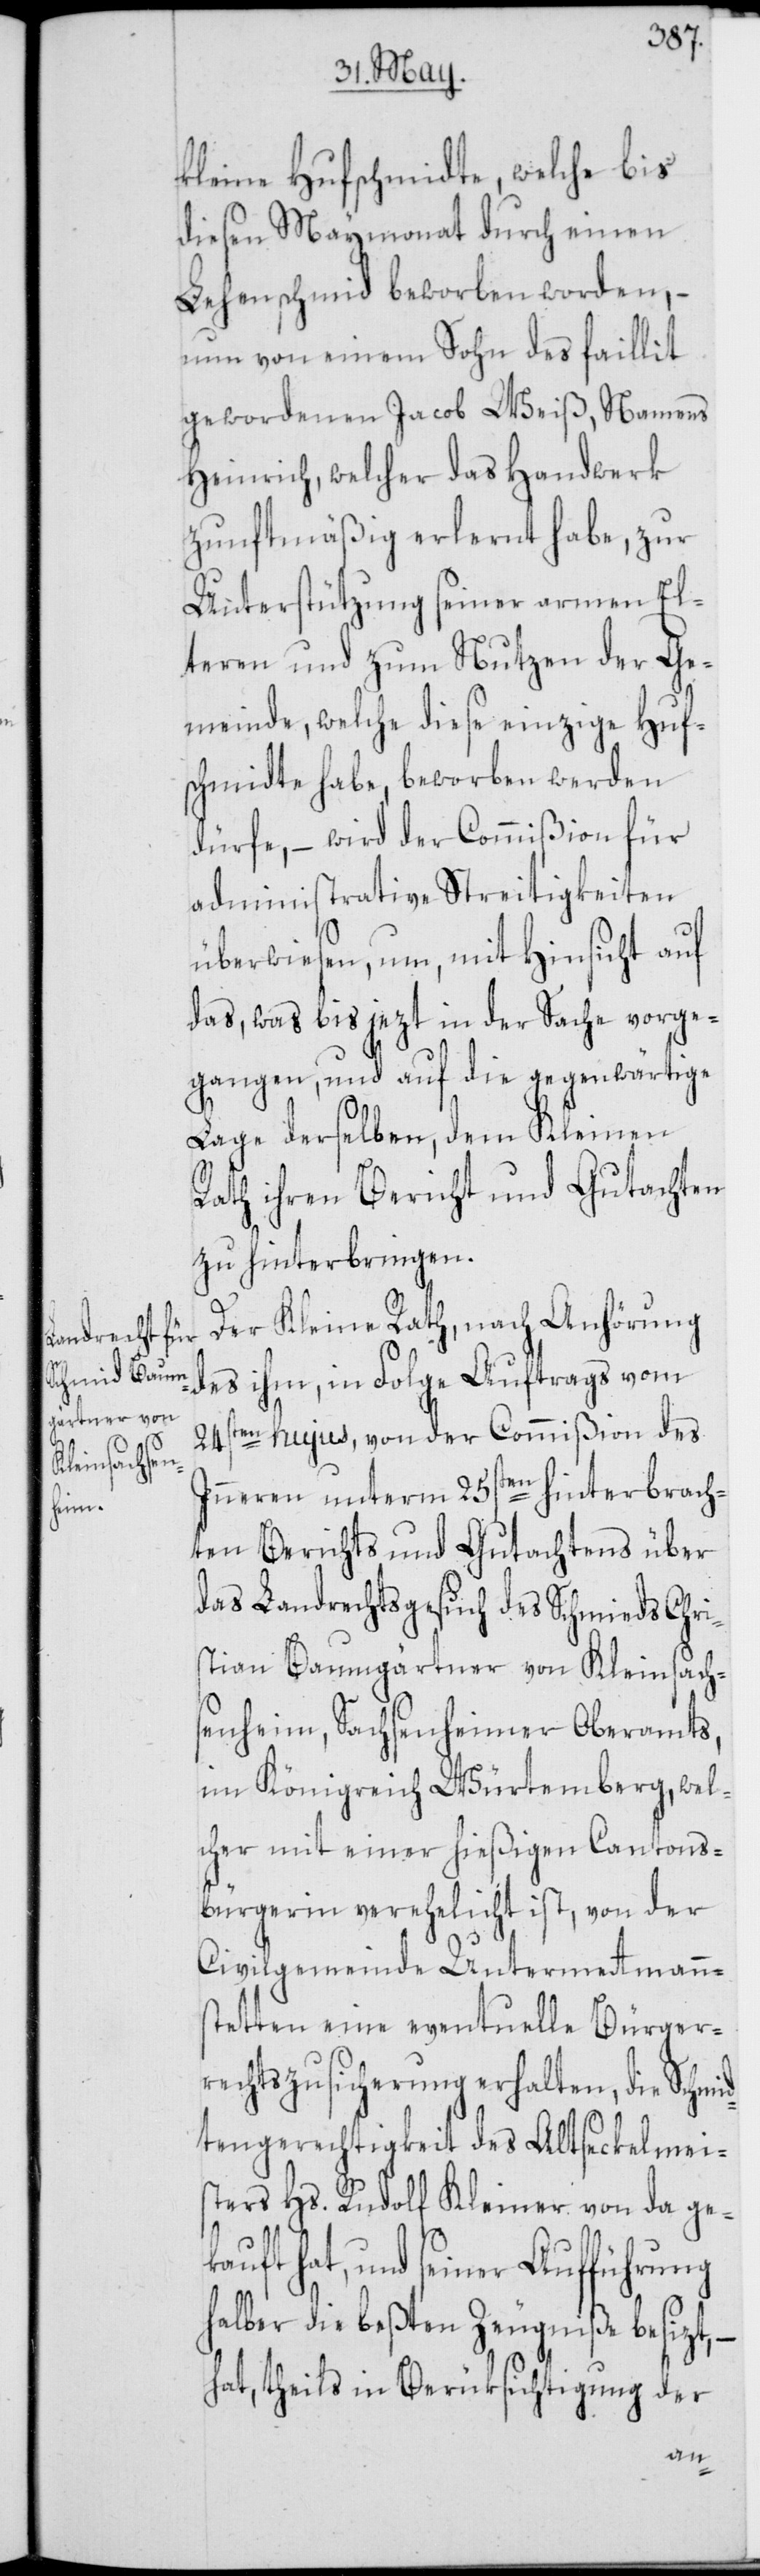
kleine Hufschmidte, welche bis
diesen Maymonat durch einen
Lehenschmid beworben worden, –
nun von einem Sohn des faillit
gewordenen Jacob Weiß, Namens
Heinrich, welcher das Handwerk
zunftmäßig erlernt habe, zur
Unterstützung seiner armen El¬
teren und zum Nutzen der Ge¬
meinde, welche diese einzige Huf¬
schmidte habe, beworben werden
dürfe, – wird der Commißion für
administrative Streitigkeiten
überwiesen, um, mit Hinsicht auf
das, was bis jezt in der Sache vorge¬
gangen, und auf die gegenwärtige
Lage derselben, dem Kleinen
Rath ihren Bericht und Gutachten
zu hinterbringen.
Der Kleine Rath, nach Anhörung
des ihm, in Folge Auftrags vom
24sten hujus, von der Commißion des
Inneren unterm 25sten hinterbrach¬
ten Berichts und Gutachtens über
das Landrechtsgesuch des Schmids Chri¬
stian Baumgärtner von Kleinsach¬
senheim, Sachsenheimer Oberamts,
im Königreich Würtemberg, wel¬
cher mit einer hießigen Cantons¬
bürgerin verehelicht ist, von der
Civilgemeinde Untermettmanns¬
tetten eine eventuelle Bürger¬
rechtszusicherung erhalten, die Schmi¬
dtengerechtigkeit des Altseckelmei¬
sters Hs. Rudolf Kleiner von da gek¬
auft hat, und seiner Aufführung
halber die beßten Zeugniße besizt,
hat, theils in Berüksichtigung der